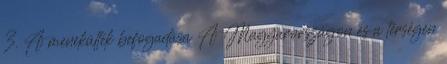
3. A menekültek befogadása A Magyarországon és a térségen